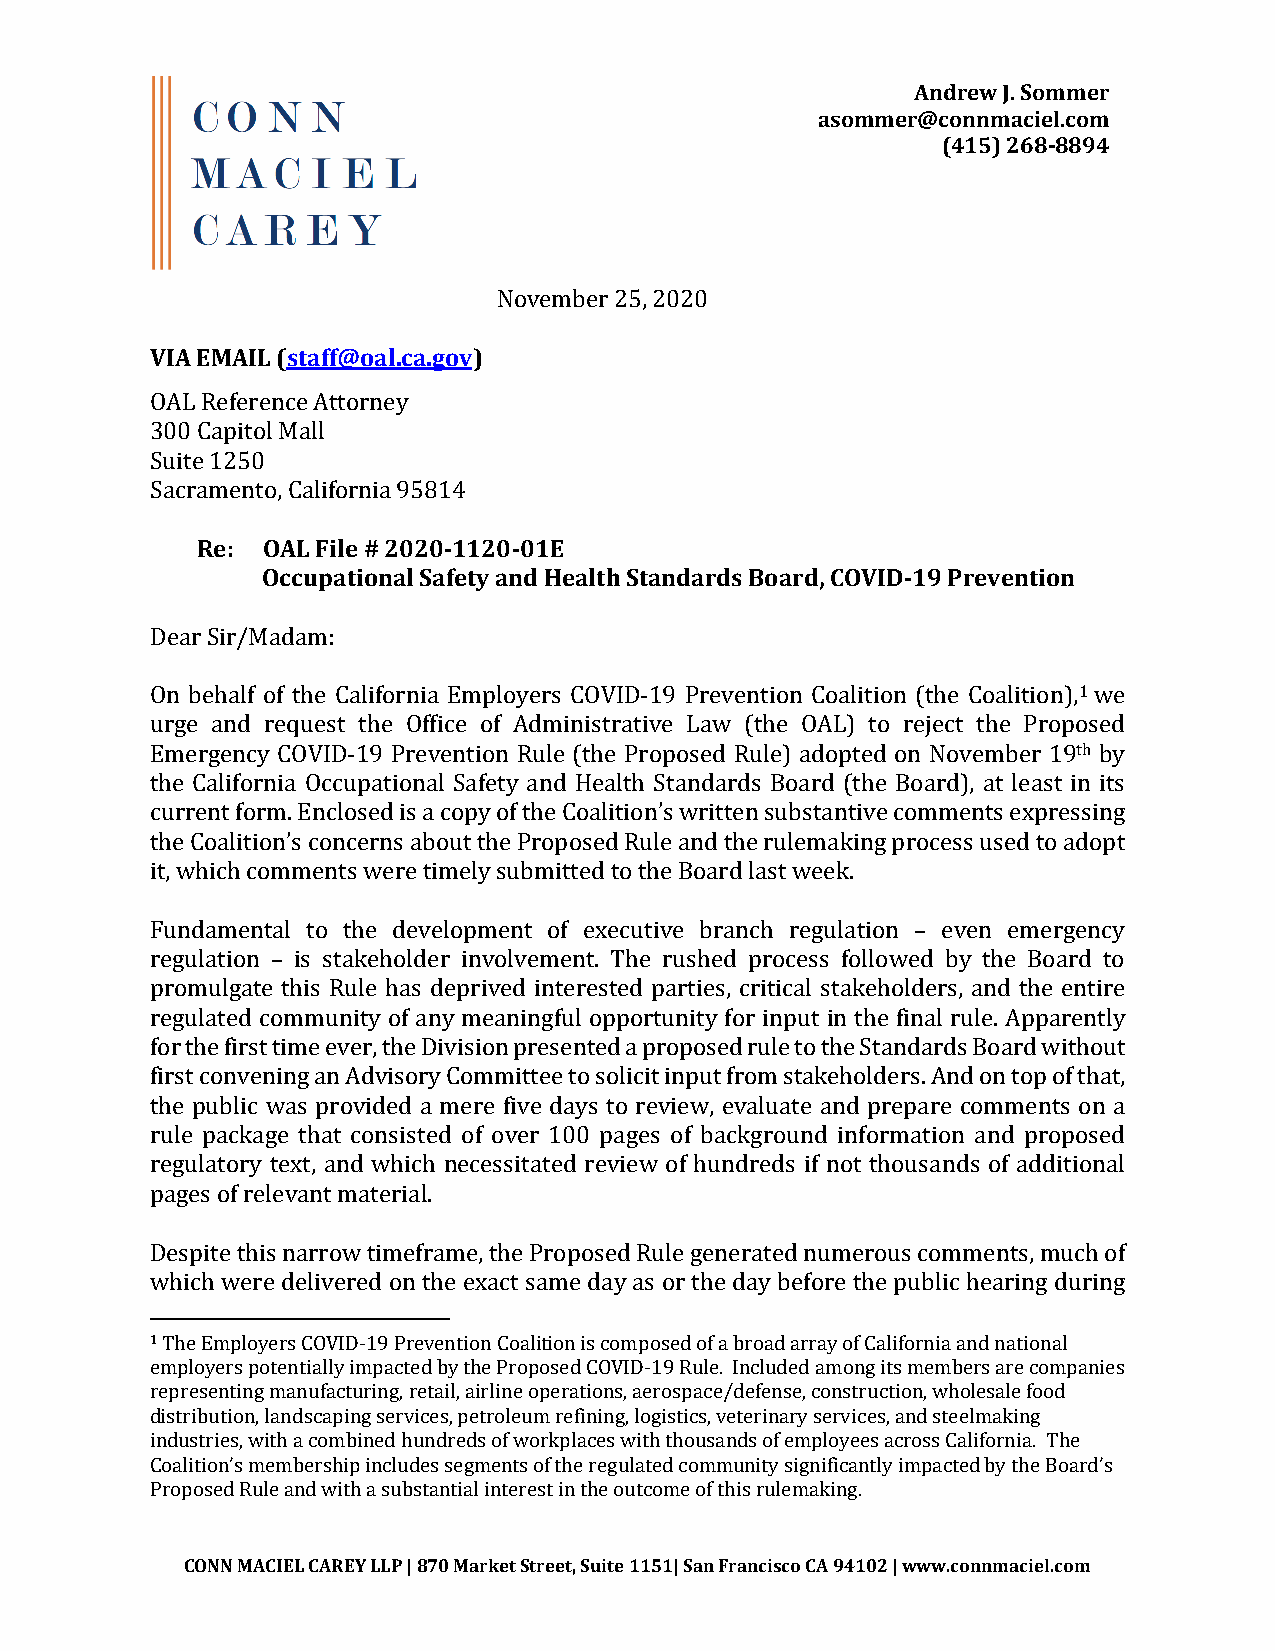
Andrew J. Sommer
 asommer@connmaciel.com
 (415) 268-8894
 VIA EMAIL (staff@oal.ca.gov) November 25, 2020
 OAL Reference Attorney
 300 Capitol Mall
 Suite 1250
 SacraRme:e ntOo,A CLa lFifioler n#i a2 9052801-14 120-01E
 Occupational Safety and Health Standards Board, COVID-19 Prevention
 Dear Sir/Madam:
 1
 On behalf of the California Employers COVID-19 Prevention Coalition (the Coalition), we
 urge and request the Office of Administrative Law (the OAL) to reject the Proposed
 th
 Emergency COVID-19 Prevention Rule (the Proposed Rule) adopted on November 19 by
 the California Occupational Safety and Health Standards Board (the Board), at least in its
 current form. Enclosed is a copy of the Coalition’s written substantive comments expressing
 the Coalition’s concerns about the Proposed Rule and the rulemaking process used to adopt
 it, which comments were timely submitted to the Board last week.
 Fundamental to the development of executive branch regulation – even emergency
 regulation – is stakeholder involvement. The rushed process followed by the Board to
 promulgate this Rule has deprived interested parties, critical stakeholders, and the entire
 regulated community of any meaningful opportunity for input in the final rule. Apparently
 for the first time ever, the Division presented a proposed rule to the Standards Board without
 first convening an Advisory Committee to solicit input from stakeholders. And on top of that,
 the public was provided a mere five days to review, evaluate and prepare comments on a
 rule package that consisted of over 100 pages of background information and proposed
 regulatory text, and which necessitated review of hundreds if not thousands of additional
 pages of relevant material.
 Despite this narrow timeframe, the Proposed Rule generated numerous comments, much of
 which were delivered on the exact same day as or the day before the public hearing during
 1
 The Employers COVID-19 Prevention Coalition is composed of a broad array of California and national
 employers potentially impacted by the Proposed COVID-19 Rule. Included among its members are companies
 representing manufacturing, retail, airline operations, aerospace/defense, construction, wholesale food
 distribution, landscaping services, petroleum refining, logistics, veterinary services, and steelmaking
 industries, with a combined hundreds of workplaces with thousands of employees across California. The
 Coalition’s membership includes segments of the regulated community significantly impacted by the Board’s
 Proposed Rule and with a substantial interest in the outcome of this rulemaking.
 CONN MACIEL CAREY LLP | 870 Market Street, Suite 1151| San Francisco CA 94102 | www.connmaciel.com